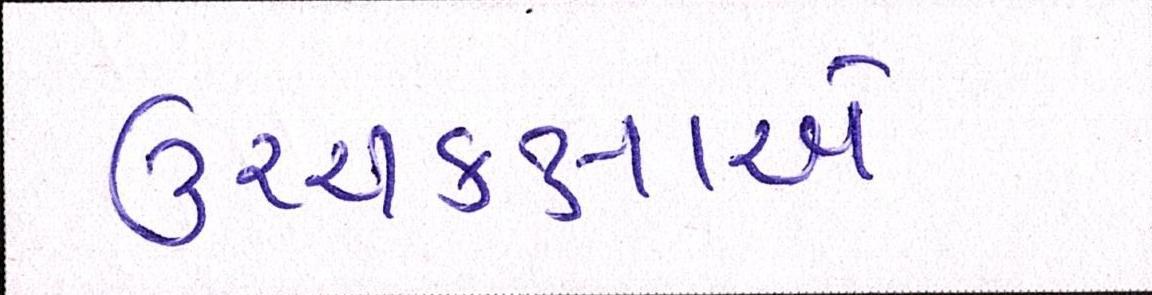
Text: ઉચ્ચકક્ષાએ